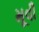
મૂવી